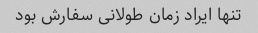
تنها ایراد زمان طولانی سفارش بود